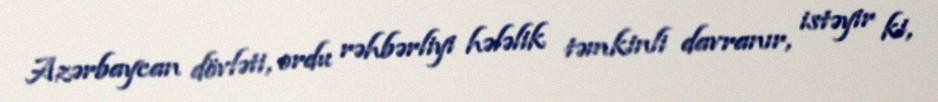
Azərbaycan dövləti, ordu rəhbərliyi hələlik təmkinli davranır, istəyir ki,